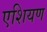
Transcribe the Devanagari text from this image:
एशियण